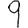
Digit: 9